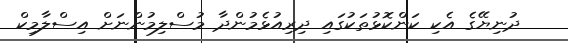
ދުނިޔޭގެ އެކި ކަންކޮޅުތަކުގައި ދިރިއުޅެމުންދާ މުސްލިމުންނަށް އިސްލާމިކް